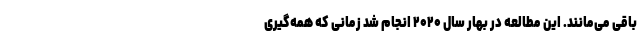
باقی می‌مانند. این مطالعه در بهار سال ۲۰۲۰ انجام شد زمانی که همه‌گیری